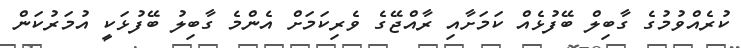
ކުރެއްވުމުގެ ގާބިލް ބޭފުޅެއް ކަމަށާއި ރާއްޖޭގެ ވެރިކަމަށް އެންމެ ގާބިލު ބޭފުޅަކީ އުމަރުކަން